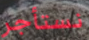
نستأجر